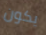
يكون